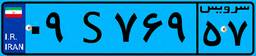
۰۹S۷۶۹۵۷